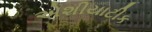
એશીયાટીક